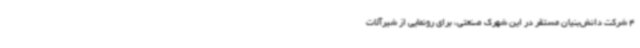
4 شرکت دانش‌بنیان مستقر در این شهرک صنعتی، برای رونمایی از شیرآلات